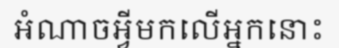
អំណាចអ្វីមកលើអ្នកនោះ